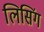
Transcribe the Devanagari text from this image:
लिसिंग